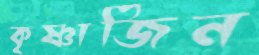
কৃষ্ণাজিন